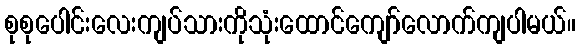
စုစုပေါင်းလေးကျပ်သားကိုသုံးထောင်ကျော်လောက်ကျပါမယ်။